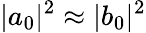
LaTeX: |a_{0}|^{2}\approx|b_{0}|^{2}